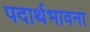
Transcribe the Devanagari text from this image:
पदार्थभावना